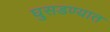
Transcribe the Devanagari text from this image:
घुसडण्यात